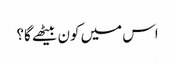
اس میں کون بیٹھے گا؟